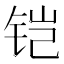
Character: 铠